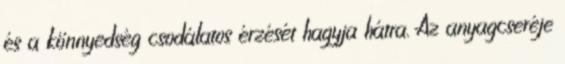
és a könnyedség csodálatos érzését hagyja hátra. Az anyagcseréje